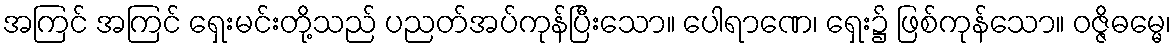
အကြင် အကြင် ရှေးမင်းတို့သည် ပညတ်အပ်ကုန်ပြီးသော။ ပေါရာဏေ၊ ရှေး၌ ဖြစ်ကုန်သော။ ဝဇ္ဇိဓမ္မေ၊